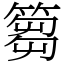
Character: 篘